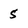
Character: 5